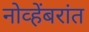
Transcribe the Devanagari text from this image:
नोव्हेंबरांत